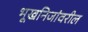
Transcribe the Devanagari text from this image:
भूखनिजांवरील